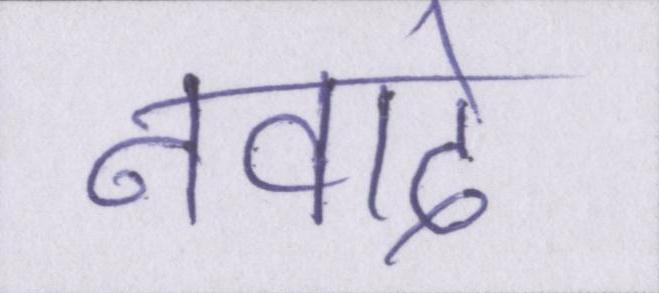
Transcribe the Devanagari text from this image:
नवादे